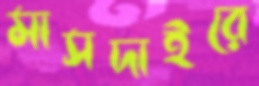
মাসদাইরে